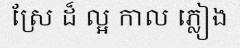
ស្រែ ដ៏ ល្អ កាល ភ្លៀង